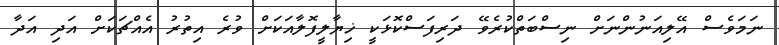
ނަމަވެސް އޭލިއަނުންނަށް ނިސްބަތްކުރެވޭ ދަރިފަސްކޮޅަކީ ޚިޔާލީފޮލާއަކަށް ވުރެ އިތުރު އެއްޗަކަށް އަދި އަދާ